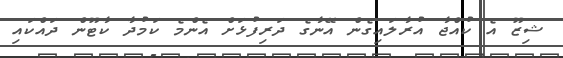
ޝިޒޫ އެ ކުއްޖާ އުރާލައިގެން އޭނާގެ ދަރިފުޅަށް އެންމެ ކަމުދާ ކާޓޫން ދައްކައި